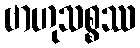
ဗာဟုသစ္စဿ